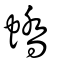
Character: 蟜